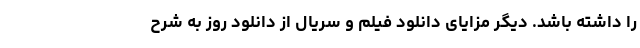
را داشته باشد. دیگر مزایای دانلود فیلم و سریال از دانلود روز به شرح